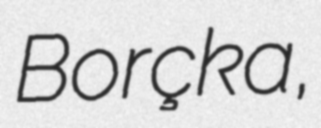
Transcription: Borçka,